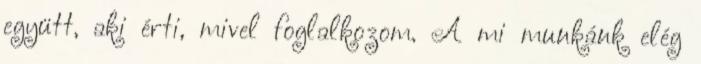
együtt, aki érti, mivel foglalkozom. A mi munkánk elég